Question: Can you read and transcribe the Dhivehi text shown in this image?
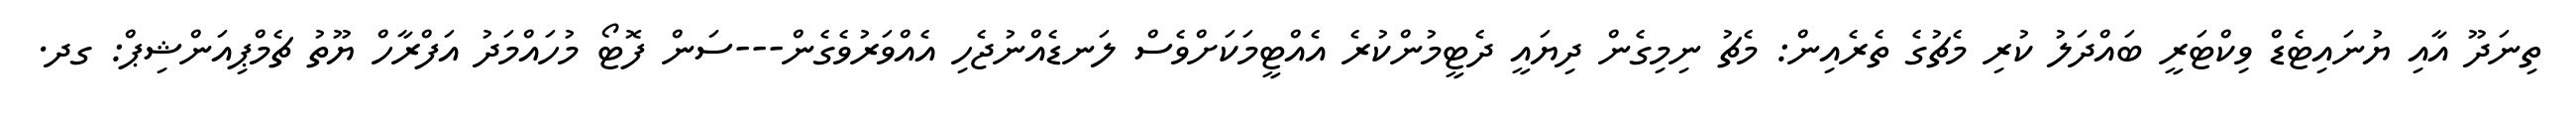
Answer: ތިނަދޫ އާއި ޔުނައިޓެޑް ވިކްޓަރީ ބައްދަލު ކުރި މެޗުގެ ތެރެއިން: މެޗު ނިމިގެން ދިޔައީ ދެޓީމުންކުރެ އެއްޓީމަކަށްވެސް ލަނޑެއްނުޖެހި އެއްވަރުވެގެން---ސަން ފޮޓޯ މުހައްމަދު އަފްރާހް ޔޫތު ޗެމްޕިއަންޝިޕް: ގދ.